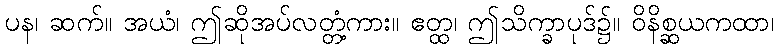
ပန၊ ဆက်။ အယံ၊ ဤဆိုအပ်လတ္တံ့ကား။ ဧတ္ထ၊ ဤသိက္ခာပုဒ်၌။ ဝိနိစ္ဆယကထာ၊